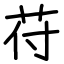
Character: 苻